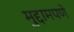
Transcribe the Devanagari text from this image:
मुद्दामपणे